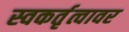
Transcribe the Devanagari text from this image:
स्वकर्तृत्वावर